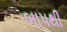
બાપથી